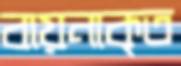
বায়নাকৃত